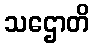
သဌောတိ